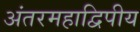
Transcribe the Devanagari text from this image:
अंतरमहाद्विपीय